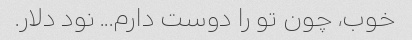
خوب، چون تو را دوست دارم... نود دلار.